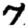
Digit: 7